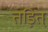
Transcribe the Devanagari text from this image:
तड़ित्‌